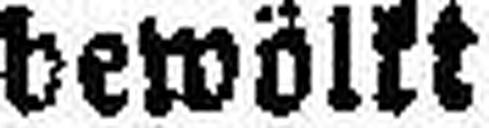
bewölkt